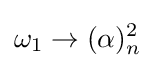
\omega _{1}\to (\alpha )_{n}^{2}